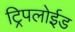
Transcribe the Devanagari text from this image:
ट्रिपलोईड